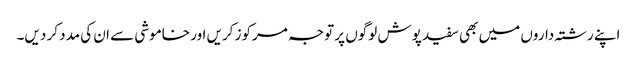
اپنے رشتہ داروں میں بھی سفید پوش لوگوں پر توجہ مرکوز کریں اور خاموشی سے ان کی مدد کر دیں۔